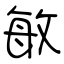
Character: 敏